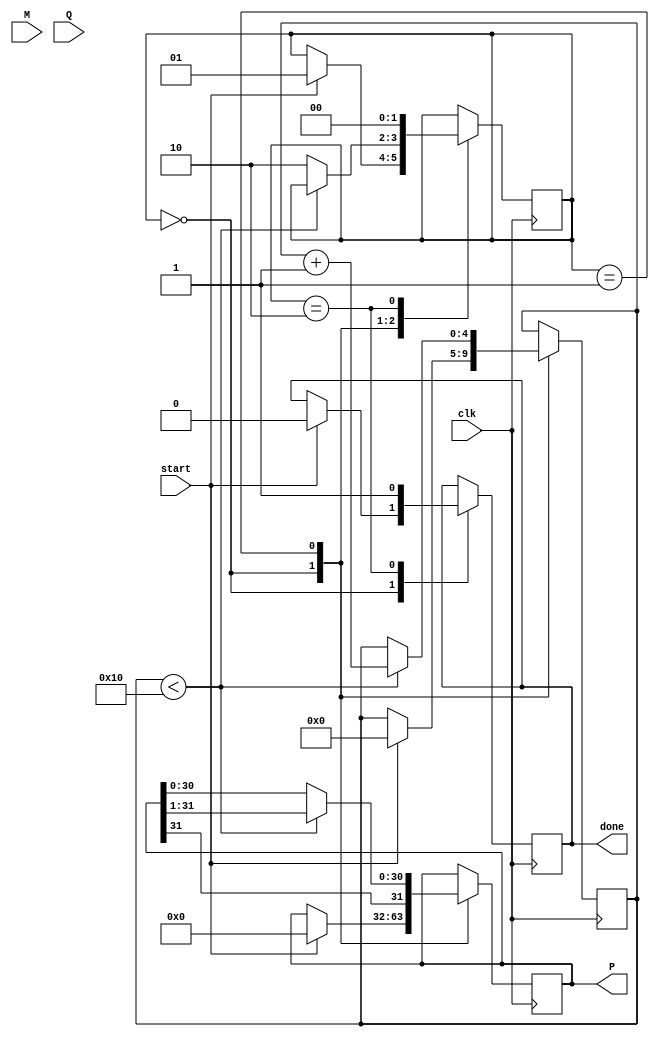
module modified_booth_multiplier (
    input signed [15:0] M,        // Multiplicand
    input signed [15:0] Q,        // Multiplier
    input clk,                    // Clock signal
    input start,                  // Start signal
    output reg signed [31:0] P,   // Product
    output reg done               // Done signal
);

    reg [16:0] Q_ext;             // Extended multiplier
    reg [15:0] M_neg;             // Negated multiplicand
    reg [4:0] count;              // Count for iterations
    reg [1:0] state;              // State for FSM
    reg [1:0] control;            // Control signal for Booth encoding

    // States
    localparam IDLE = 2'b00;
    localparam PROCESS = 2'b01;
    localparam DONE = 2'b10;

    // Negate the multiplicand
    always @(*) begin
        M_neg = ~M + 1; // Two's complement
    end

    // State machine to control the operation
    always @(posedge clk) begin
        case (state)
            IDLE: begin
                if (start) begin
                    P <= 0;                 // Initialize product to zero
                    Q_ext <= {1'b0, Q};     // Extend Q with 0
                    count <= 0;             // Reset count
                    state <= PROCESS;       // Move to process state
                    done <= 0;              // Reset done signal
                end
            end
            
            PROCESS: begin
                if (count < 16) begin
                    // Booth encoding logic
                    control = {Q_ext[1], Q_ext[0]};
                    
                    case (control)
                        2'b00: P <= P;                 // No operation
                        2'b01: P <= P + M;             // Add M
                        2'b10: P <= P + M_neg;         // Subtract M (add -M)
                        2'b11: P <= P;                 // No operation
                    endcase
                    
                    // Arithmetic right shift
                    P <= P >>> 1;                     // Shift right
                    Q_ext <= {Q_ext[16], Q_ext[16:1]}; // Shift Q_ext
                    count <= count + 1;               // Increment count
                end else begin
                    state <= DONE;                    // Move to done state
                end
            end
            
            DONE: begin
                done <= 1;                          // Indicate operation is done
                state <= IDLE;                      // Reset to IDLE state
            end
        endcase
    end

    // Initial state
    initial begin
        P = 0;
        done = 0;
        state = IDLE;
    end

endmodule